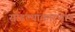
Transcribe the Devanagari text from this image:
सोडल्याकारणान